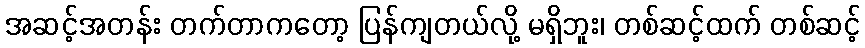
အဆင့်အတန်း တက်တာကတော့ ပြန်ကျတယ်လို့ မရှိဘူး၊ တစ်ဆင့်ထက် တစ်ဆင့်